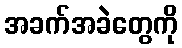
အခက်အခဲတွေကို